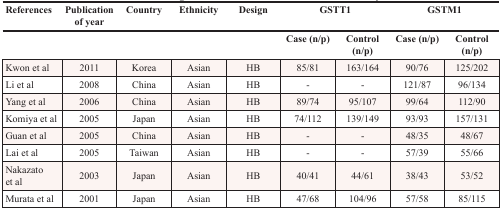
<table><thead><tr><td><b>References</b></td><td><b>Publication of year</b></td><td><b>Country</b></td><td><b>Ethnicity</b></td><td><b>Design</b></td><td colspan="2"><b>GSTT1</b></td><td colspan="2"><b>GSTM1</b></td></tr><tr><td colspan="5"></td><td><b>Case (n/p)</b></td><td><b>Control (n/p)</b></td><td><b>Case (n/p)</b></td><td><b>Control (n/p)</b></td></tr></thead><tbody><tr><td>Kwon et al</td><td>2011</td><td>Korea</td><td>Asian</td><td>HB</td><td>85/81</td><td>163/164</td><td>90/76</td><td>125/202</td></tr><tr><td>Li et al</td><td>2008</td><td>China</td><td>Asian</td><td>HB</td><td>-</td><td>-</td><td>121/87</td><td>96/134</td></tr><tr><td>Yang et al</td><td>2006</td><td>China</td><td>Asian</td><td>HB</td><td>89/74</td><td>95/107</td><td>99/64</td><td>112/90</td></tr><tr><td>Komiya et al</td><td>2005</td><td>Japan</td><td>Asian</td><td>HB</td><td>74/112</td><td>139/149</td><td>93/93</td><td>157/131</td></tr><tr><td>Guan et al</td><td>2005</td><td>China</td><td>Asian</td><td>HB</td><td>-</td><td>-</td><td>48/35</td><td>48/67</td></tr><tr><td>Lai et al</td><td>2005</td><td>Taiwan</td><td>Asian</td><td>HB</td><td>-</td><td>-</td><td>57/39</td><td>55/66</td></tr><tr><td>Nakazato et al</td><td>2003</td><td>Japan</td><td>Asian</td><td>HB</td><td>40/41</td><td>44/61</td><td>38/43</td><td>53/52</td></tr><tr><td>Murata et al</td><td>2001</td><td>Japan</td><td>Asian</td><td>HB</td><td>47/68</td><td>104/96</td><td>57/58</td><td>85/115</td></tr></tbody></table>